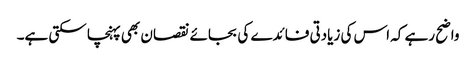
واضح رہے کہ اس کی زیادتی فائدے کی بجائے نقصان بھی پہنچا سکتی ہے۔